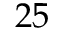
2 5